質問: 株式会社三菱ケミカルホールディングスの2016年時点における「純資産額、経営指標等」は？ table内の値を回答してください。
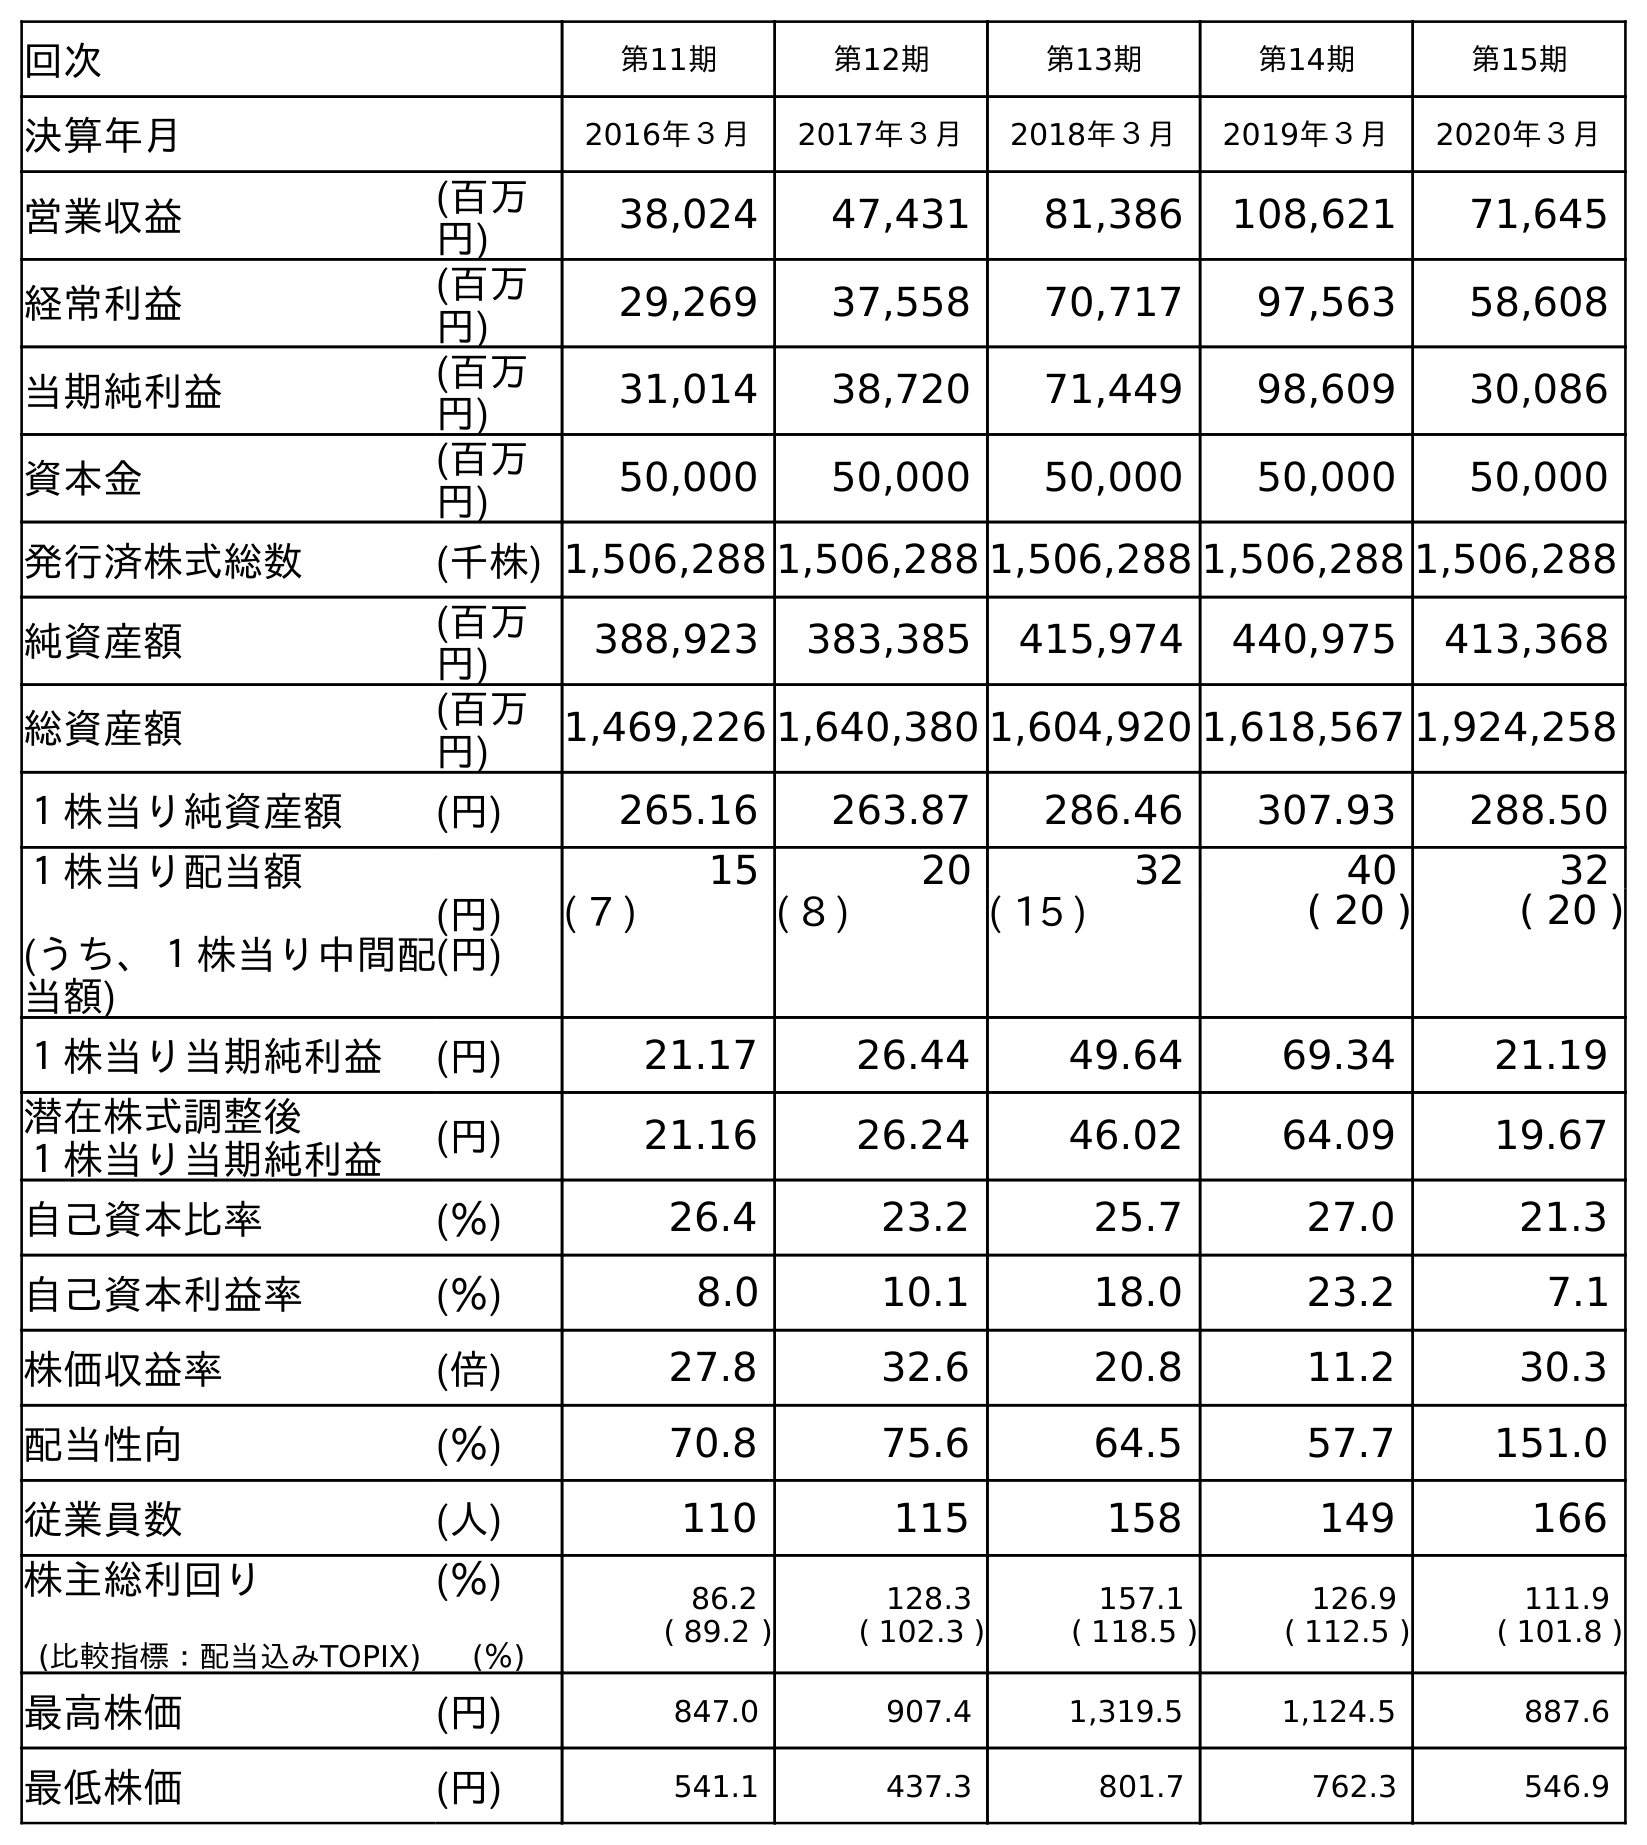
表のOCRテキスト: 回次 第11期 第12期 第13期 第14期 第15期 決算年月 2016年３月 2017年３月 2018年３月 2019年３月 2020年３月 営業収益 (百万 円) 38,024 47,431 81,386 108,621 71,645 経常利益 (百万 円) 29,269 37,558 70,717 97,563 58,608 当期純利益 (百万 円) 31,014 38,720 71,449 98,609 30,086 資本金 (百万 円) 50,000 50,000 50,000 50,000 50,000 発行済株式総数 (千株) 1,506,288 1,506,288 1,506,288 1,506,288 1,506,288 純資産額 (百万 円) 388,923 383,385 415,974 440,975 413,368 総資産額 (百万 円) 1,469,226 1,640,380 1,604,920 1,618,567 1,924,258 １株当り純資産額 (円) 265.16 263.87 286.46 307.93 288.50 １株当り配当額 (うち、１株当り中間配 当額) (円) (円) 15 20 32 40 32 ( 7 ) ( 8 ) ( 15 ) ( 20 ) ( 20 ) １株当り当期純利益 (円) 21.17 26.44 49.64 69.34 21.19 潜在株式調整後 １株当り当期純利益 (円) 21.16 26.24 46.02 64.09 19.67 自己資本比率 (％) 26.4 23.2 25.7 27.0 21.3 自己資本利益率 (％) 8.0 10.1 18.0 23.2 7.1 株価収益率 (倍) 27.8 32.6 20.8 11.2 30.3 配当性向 (％) 70.8 75.6 64.5 57.7 151.0 従業員数 (人) 110 115 158 149 166 株主総利回り (比較指標：配当込みTOPIX) (％) (％) 86.2 ( 89.2 ) 128.3 ( 102.3 ) 157.1 ( 118.5 ) 126.9 ( 112.5 ) 111.9 ( 101.8 ) 最高株価 (円) 847.0 907.4 1,319.5 1,124.5 887.6 最低株価 (円) 541.1 437.3 801.7 762.3 546.9
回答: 388,923